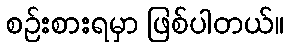
စဉ်းစားရမှာ ဖြစ်ပါတယ်။